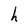
Character: h